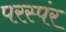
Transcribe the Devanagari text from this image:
परस्पंर